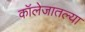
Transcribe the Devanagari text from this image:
कॉलेजातल्या